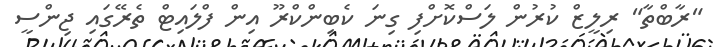
"ރާބްތާ" ރިލީޒް ކުރުން ލަސްކޮށްފި ގިނަ ކެބިންކްރޫ އިން ފްލައިޓް ތެރޭގައި ޖިންސީ